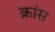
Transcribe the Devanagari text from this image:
क्रांस